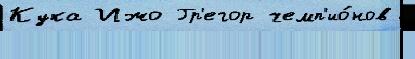
Кука Ижо Гр'егор чемп'ио́нов